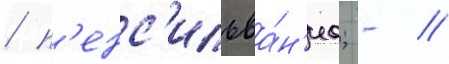
/ п'енс'ильва́н'иа; - //